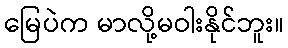
မြေပဲက မာလို့မဝါးနိုင်ဘူး။